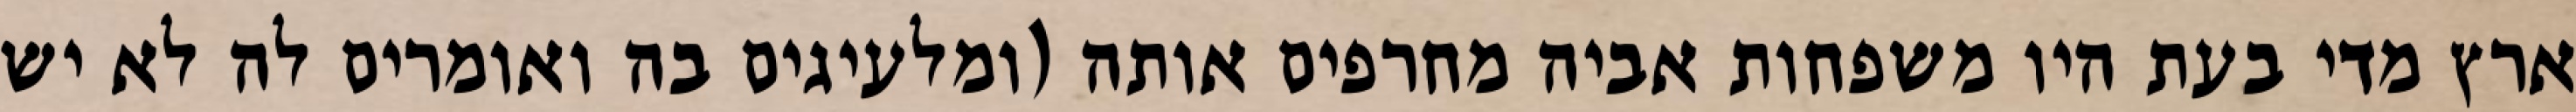
ארץ מדי בעת היו משפחות אביה מחרפים אותה (ומלעיגים בה ואומרים לה לא יש